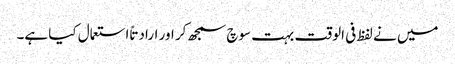
میں نے لفظ فی الوقت بہت سوچ سمجھ کر اور ارادتاً استعمال کیا ہے۔